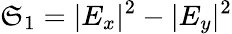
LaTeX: \mathfrak{S}_{1}=|E_{x}|^{2}-|E_{y}|^{2}